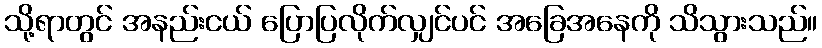
သို့ရာတွင် အနည်းငယ် ပြောပြလိုက်လျှင်ပင် အခြေအနေကို သိသွားသည်။